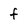
Character: f